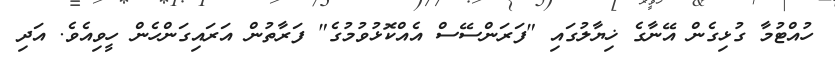
ހުއްޓުމާ ގުޅިގެން އޭނާގެ ޚިޔާލުގައި "ފަރަންސޭސް އެއްކޮޅުވުމުގެ" ފަރާތުން އަރައިގަންހެން ހީވިއެވެ. އަދި